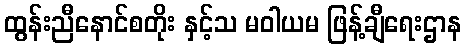
ထွန်းညီနောင်စတိုး နှင့်သ မဝါယမ ဖြန့်ချီရေးဌာန